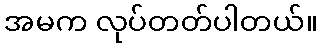
အမက လုပ်တတ်ပါတယ်။